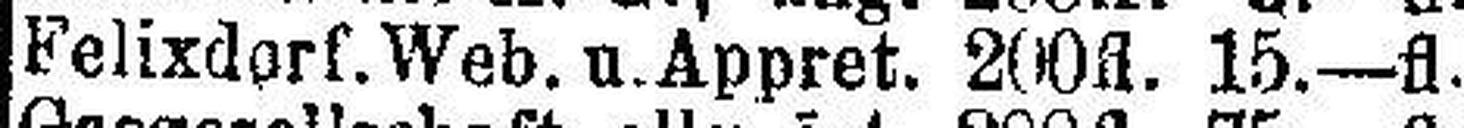
Felixdorf.Web. u.Appret. 200fl. 15.—fl.